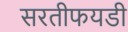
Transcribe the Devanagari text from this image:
सरतीफयडी